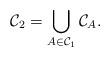
LaTeX: \begin{align*}\mathcal C_2 = \bigcup_{A \in \mathcal C_1} \mathcal C_A.\end{align*}